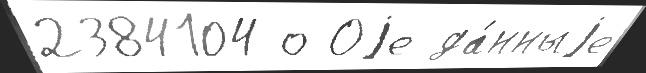
2384104 о Оjе да́нныjе